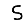
Digit: 5